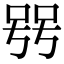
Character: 𠳯